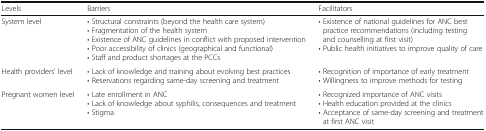
| Levels | Barriers | Facilitators |
 | --- | --- | --- |
 | System level | • Structural constraints (beyond the health care system)• Fragmentation of the health system• Existence of ANC guidelines in conflict with proposed intervention• Poor accessibility of clinics (geographical and functional)• Staff and product shortages at the PCCs | • Existence of national guidelines for ANC best practice recommendations (including testing and counselling at first visit)• Public health initiatives to improve quality of care |
 | Health providers’ level | • Lack of knowledge and training about evolving best practices• Reservations regarding same-day screening and treatment | • Recognition of importance of early treatment• Willingness to improve methods for testing |
 | Pregnant women level | • Late enrollment in ANC• Lack of knowledge about syphilis, consequences and treatment• Stigma | • Recognized importance of ANC visits• Health education provided at the clinics• Acceptance of same-day screening and treatment at first ANC visit |